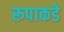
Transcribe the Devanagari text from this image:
रूपाकडे